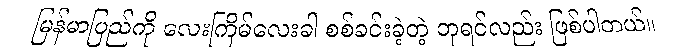
မြန်မာပြည်ကို လေးကြိမ်လေးခါ စစ်ခင်းခဲ့တဲ့ ဘုရင်လည်း ဖြစ်ပါတယ်။